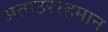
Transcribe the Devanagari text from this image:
अताउररहमान